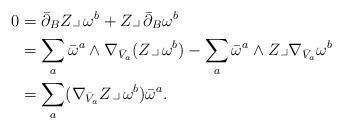
LaTeX: \begin{align*}0&=\bar\partial_B Z\lrcorner\,\omega^b + Z\lrcorner\,\bar\partial_B\omega^b\\&=\sum_a \bar\omega^a\wedge \nabla_{\bar V_a}( Z\lrcorner\,\omega^b) -\sum_a \bar\omega^a\wedge Z\lrcorner\nabla_{\bar V_a}\omega^b\\&=\sum_a (\nabla_{\bar V_a}Z\lrcorner\,\omega^b)\bar\omega^a.\end{align*}